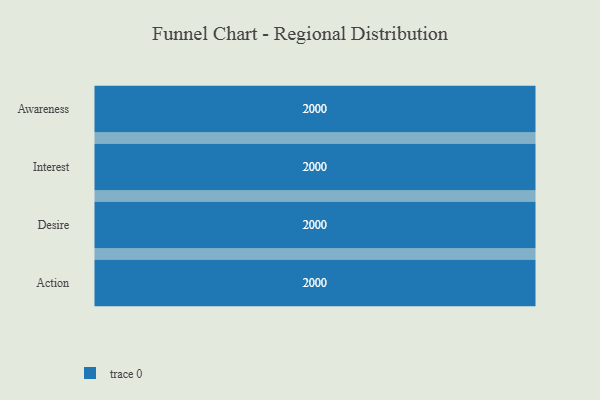
{"axis": {"x": "Stage", "y": "Value"}, "legend": [""], "data": [{"x": "Awareness", "y": 2000, "type": ""}, {"x": "Interest", "y": 2000, "type": ""}, {"x": "Desire", "y": 2000, "type": ""}, {"x": "Action", "y": 2000, "type": ""}]}